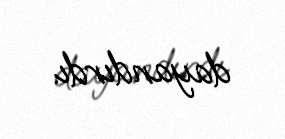
dayandırdı.